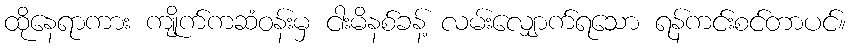
ထိုနေရာကား ကျိုက်ကဆံဝန်းမှ ငါးမိနစ်ခန့် လမ်းလျှောက်ရသော ရန်ကင်းစင်တာပင်။